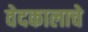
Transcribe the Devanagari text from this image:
वेदकालाचे